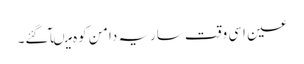
عین اسی وقت ساریہ دامن کوہ میںآ گئے۔